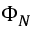
\Phi _ { N }